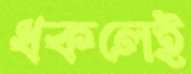
ধকলেই